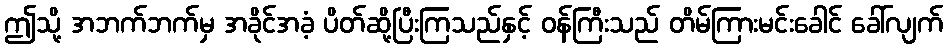
ဤသို့ အဘက်ဘက်မှ အခိုင်အခံ့ ပိတ်ဆို့ပြီးကြသည်နှင့် ဝန်ကြီးသည် တိမ်ကြားမင်းခေါင် ခေါ်လျက်